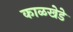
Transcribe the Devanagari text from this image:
काळखेडे